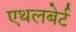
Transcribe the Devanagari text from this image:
एथलबेर्ट